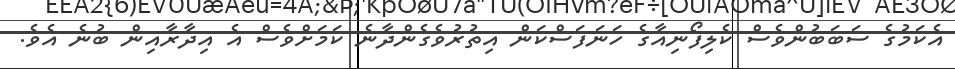
އެކަމުގެ ސަބަބުންވެސް ކެލިފޯނިއާގެ ހަނަފަސްކަން އިތުރުވެގެންދާނެ ކަމަށްވެސް އެ އިދާރާއިން ބުނެ އެވެ.